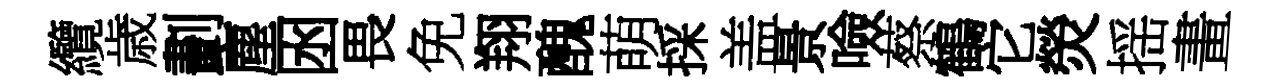
纜歳劃塵囦畏免翔醜萌採盖景噞蔡鶴它熒揺畫